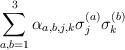
LaTeX: \begin{align*} \sum_{a,b=1}^3\alpha_{a,b,j,k}\sigma_j^{(a)}\sigma_k^{(b)}\end{align*}